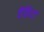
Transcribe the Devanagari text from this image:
पैकिटा